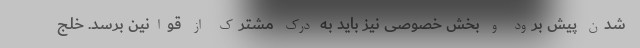
شدن پیش برود و بخش خصوصی نیز باید به درک مشترک از قوانین برسد. خلج